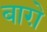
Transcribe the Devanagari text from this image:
बाग़े